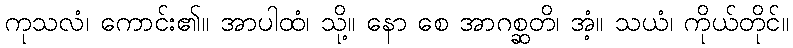
ကုသလံ၊ ကောင်း၏။ အာပါထံ၊ သို့။ နော စေ အာဂစ္ဆတိ၊ အံ့။ သယံ၊ ကိုယ်တိုင်။